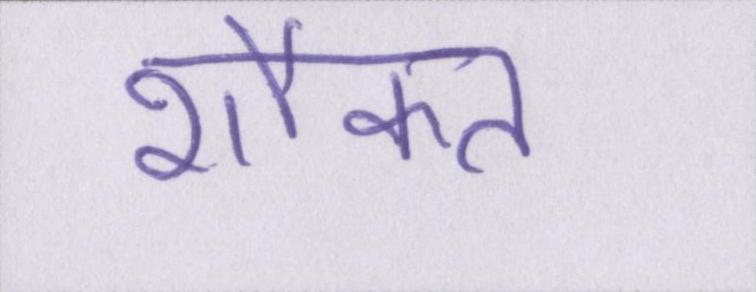
शौकत